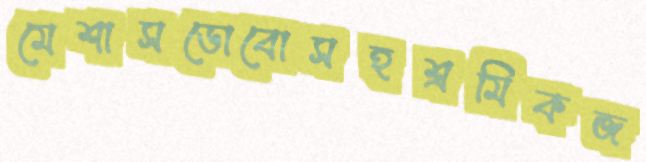
মেশাসডোবোসহশ্রমিকজ